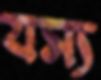
যস্য